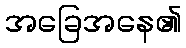
အခြေအနေ၏